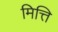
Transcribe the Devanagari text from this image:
मित्ति